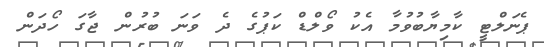
ޕެނަލްޓީ ކާމިޔާބުވުމާ އެކު ވޯލްޑް ކަޕުގެ ދެ ވަނަ ބުރުން ޖާގަ ހޯދަން